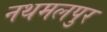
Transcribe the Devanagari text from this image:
नथमलपुर